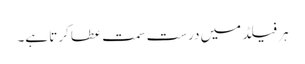
ہر فیلڈ میں درست سمت عطا کرتا ہے۔